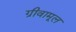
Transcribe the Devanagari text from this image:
ग्रीवामूल